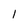
Character: I